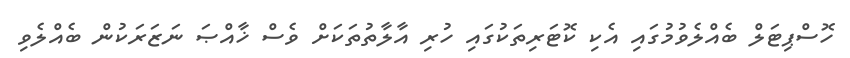
ހޮސްޕިޓަލް ބެއްލެވުމުގައި އެކި ކޮޓަރިތަކުގައި ހުރި އާލާތުތަކަށް ވެސް ޚާއްޞަ ނަޒަރަކުން ބެއްލެވި